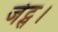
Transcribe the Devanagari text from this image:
जेट्स।